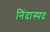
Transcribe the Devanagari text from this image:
निंदास्पद